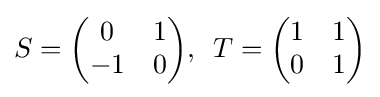
S={\begin{pmatrix}0&1\\-1&0\end{pmatrix}},\,\,\,T={\begin{pmatrix}1&1\\0&1\end{pmatrix}}